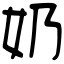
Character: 奶